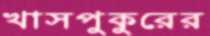
খাসপুকুরের